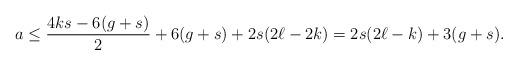
LaTeX: \begin{align*} a\leq \frac{4ks-6(g+s)}{2}+6(g+s)+2s(2\ell-2k)=2s(2\ell-k)+3(g+s). \end{align*}